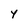
Character: y